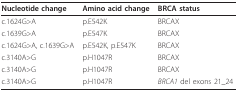
| Nucleotide change | Amino acid change | BRCA status |
 | --- | --- | --- |
 | c.1624G>A | p.E542K | BRCAX |
 | c.1639G>A | p.E547K | BRCAX |
 | c.1624G>A, c.1639G>A | p.E542K, p.E547K | BRCAX |
 | c.3140A>G | p.H1047R | BRCAX |
 | c.3140A>G | p.H1047R | BRCAX |
 | c.3140A>G | p.H1047R | BRCA1 del exons 21_24 |